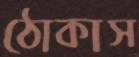
ঠোকাস